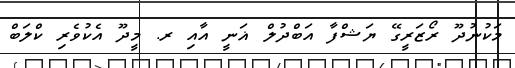
މަކުނުދޫ ރޯޒަރީގޭ ޔަޝްފާ އަބްދުލް ޣަނީ އާއި ރ. މީދޫ އެކުވެރި ކްލަބް